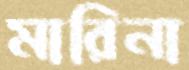
মারিনা